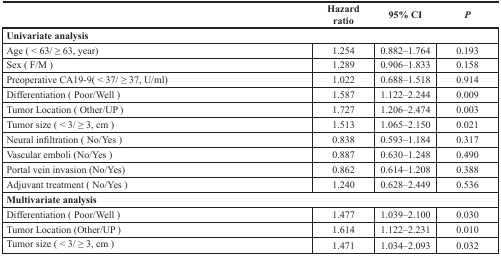
<table><thead><tr><td></td><td><b>Hazard ratio</b></td><td><b>95% CI</b></td><td><b><i>P</i></b></td></tr></thead><tbody><tr><td colspan="4"><b>Univariate analysis</b></td></tr><tr><td>Age (&lt; 63/≥ 63, year)</td><td>1.254</td><td>0.882–1.764</td><td>0.193</td></tr><tr><td>Sex (F/M)</td><td>1.289</td><td>0.906–1.833</td><td>0.158</td></tr><tr><td>Preoperative CA19-9(&lt; 37/≥ 37, U/ml)</td><td>1.022</td><td>0.688–1.518</td><td>0.914</td></tr><tr><td>Differentiation (Poor/Well)</td><td>1.587</td><td>1.122–2.244</td><td>0.009</td></tr><tr><td>Tumor Location (Other/UP)</td><td>1.727</td><td>1.206–2.474</td><td>0.003</td></tr><tr><td>Tumor size (&lt; 3/≥ 3, cm)</td><td>1.513</td><td>1.065–2.150</td><td>0.021</td></tr><tr><td>Neural infiltration (No/Yes)</td><td>0.838</td><td>0.593–1.184</td><td>0.317</td></tr><tr><td>Vascular emboli (No/Yes)</td><td>0.887</td><td>0.630–1.248</td><td>0.490</td></tr><tr><td>Portal vein invasion (No/Yes)</td><td>0.862</td><td>0.614–1.208</td><td>0.388</td></tr><tr><td>Adjuvant treatment (No/Yes)</td><td>1.240</td><td>0.628–2.449</td><td>0.536</td></tr><tr><td colspan="4"><b>Multivariate analysis</b></td></tr><tr><td>Differentiation (Poor/Well)</td><td>1.477</td><td>1.039–2.100</td><td>0.030</td></tr><tr><td>Tumor Location (Other/UP)</td><td>1.614</td><td>1.122–2.231</td><td>0.010</td></tr><tr><td>Tumor size (&lt; 3/≥ 3, cm)</td><td>1.471</td><td>1.034–2.093</td><td>0.032</td></tr></tbody></table>